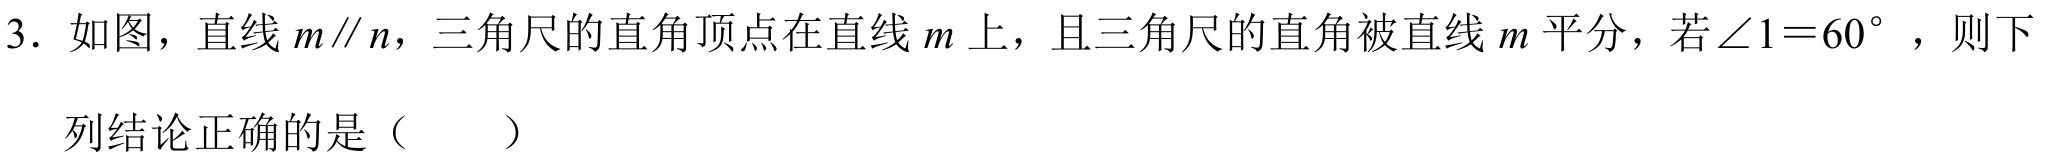
3. 如图，直线$m\parallel n$，三角尺的直角顶点在直线$m$上，且三角尺的直角被直线$m$平分，若$\angle 1 = 60^{\circ}$，则下

列结论正确的是（  ）